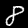
Digit: 8